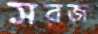
সরজ